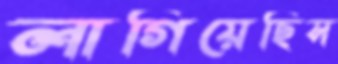
লাগিয়েছিস